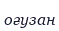
оғузан